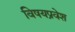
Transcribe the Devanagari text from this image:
विषयप्रवेश